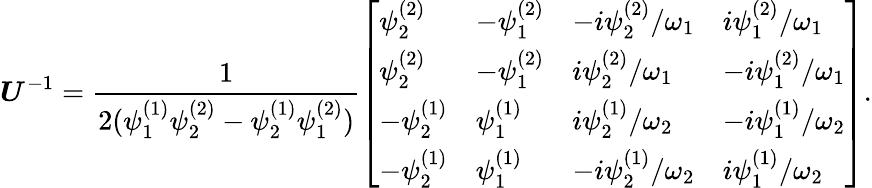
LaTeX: \boldsymbol{U}^{-1}=\frac{1}{2(\psi_{1}^{(1)}\psi_{2}^{(2)}-\psi_{2}^{(1)}\psi_{1}^{(2)})}\left[\begin{array}{llll}{\psi_{2}^{(2)}}&{-\psi_{1}^{(2)}}&{-i\psi_{2}^{(2)}/\omega_{1}}&{i\psi_{1}^{(2)}/\omega_{1}}\\ {\psi_{2}^{(2)}}&{-\psi_{1}^{(2)}}&{i\psi_{2}^{(2)}/\omega_{1}}&{-i\psi_{1}^{(2)}/\omega_{1}}\\ {-\psi_{2}^{(1)}}&{\psi_{1}^{(1)}}&{i\psi_{2}^{(1)}/\omega_{2}}&{-i\psi_{1}^{(1)}/\omega_{2}}\\ {-\psi_{2}^{(1)}}&{\psi_{1}^{(1)}}&{-i\psi_{2}^{(1)}/\omega_{2}}&{i\psi_{1}^{(1)}/\omega_{2}}\end{array}\right].